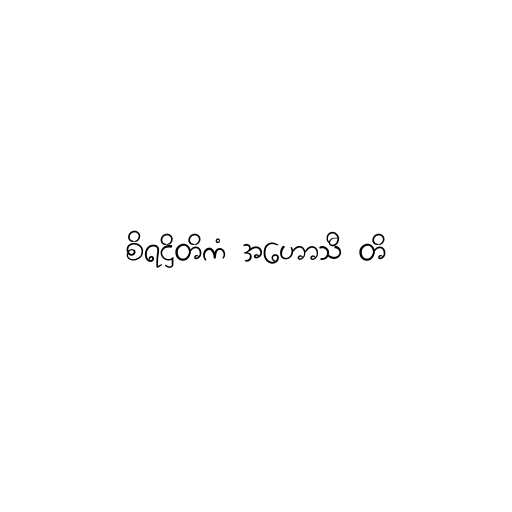
စိရဋ္ဌိတိကံ အဟောသီ တိ